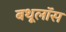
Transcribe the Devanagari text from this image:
बथूलॉस